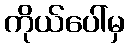
ကိုယ်ပေါ်မှ